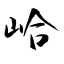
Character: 峆